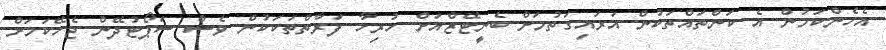
އެހެންކަމުން އެ ކަންތައްތަކުން އަރައިގަތުމަށް ބެނީޓޭޒްއަށް ހުރިހާ ފަރާތްތަކަކުން ވެސް ސަޕޯޓުދޭން ޖެހޭކަމަށް